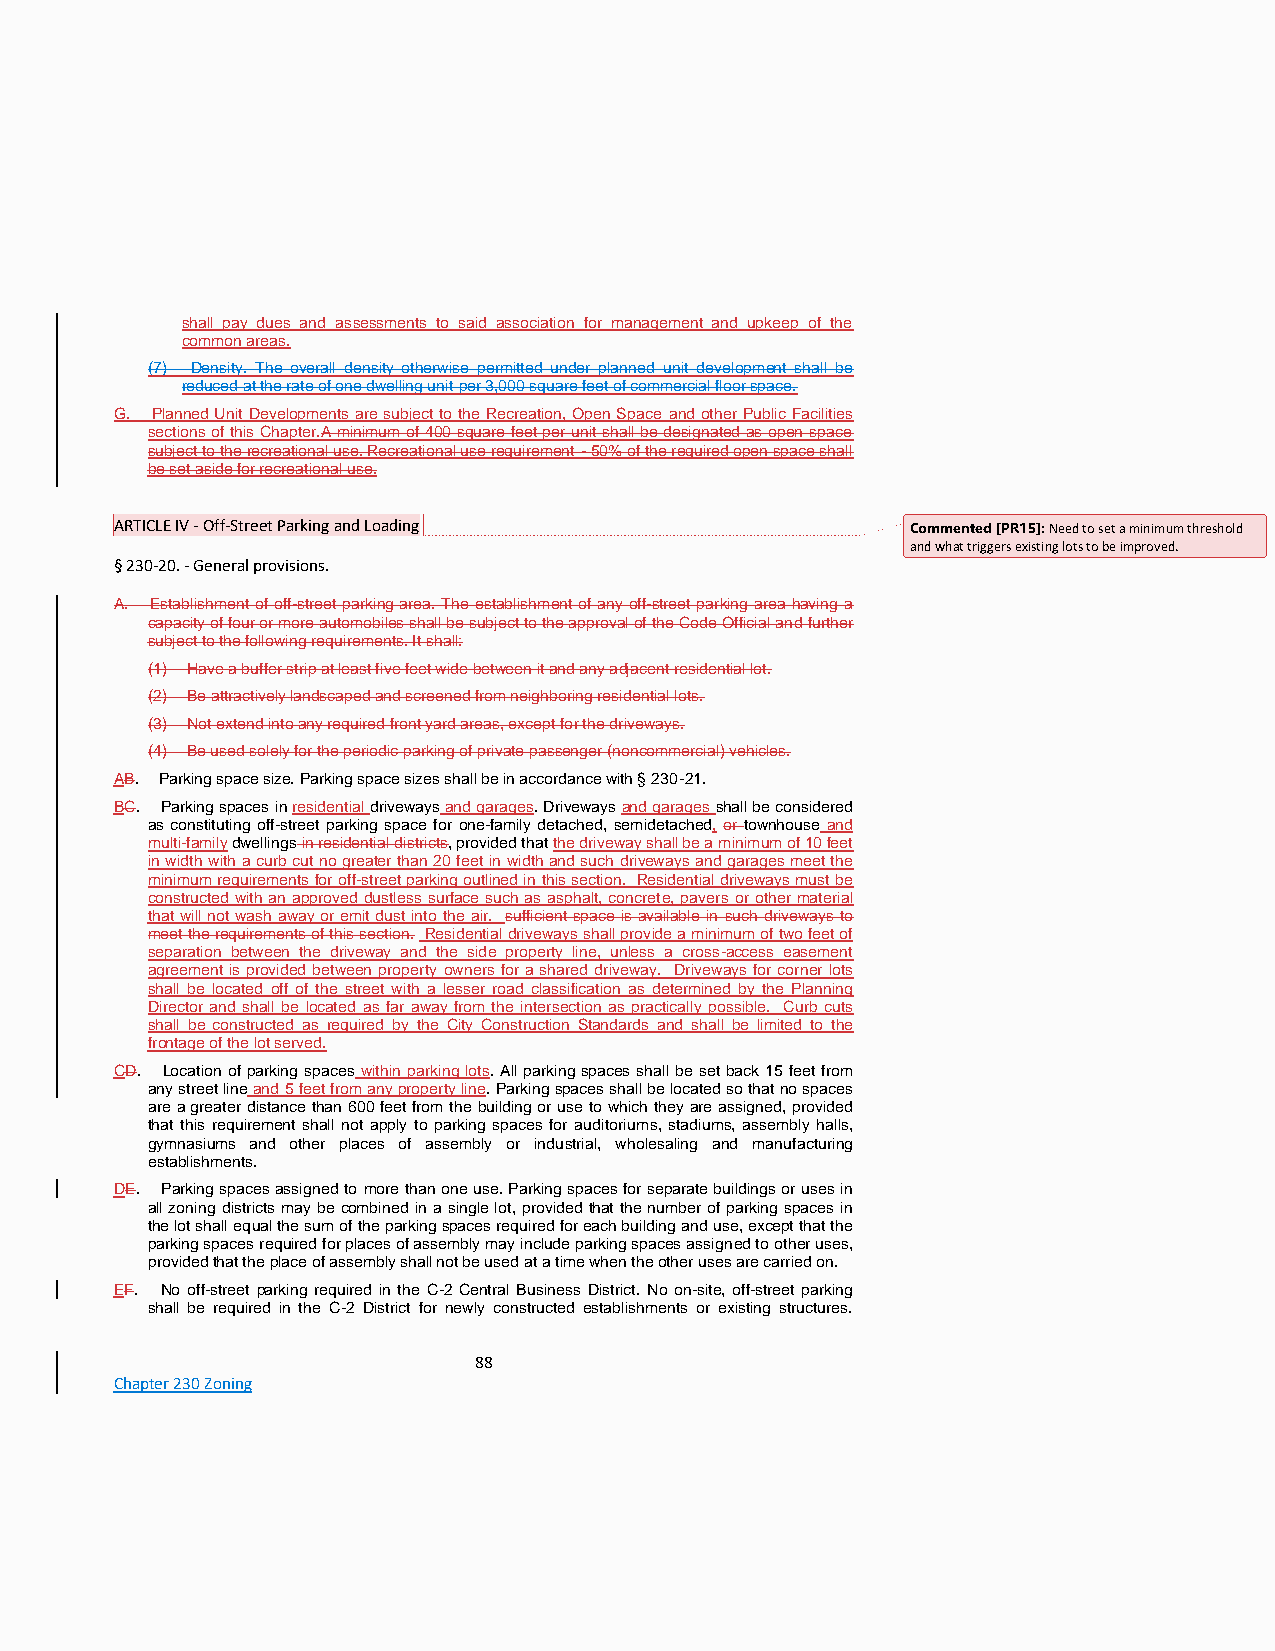
shall pay dues and assessments to said association for management and upkeep of the
 common areas.
 (7) Density. The overall density otherwise permitted under planned unit development shall be
 reduced at the rate of one dwelling unit per 3,000 square feet of commercial floor space.
 G. Planned Unit Developments are subject to the Recreation, Open Space and other Public Facilities
 sections of this Chapter.A minimum of 400 square feet per unit shall be designated as open space
 subject to the recreational use. Recreational use requirement - 50% of the required open space shall
 be set aside for recreational use.
 ARTICLE IV - Off-Street Parking and Loading         Commented [PR15]: Need to set a minimum threshold
 and what triggers existing lots to be improved.
 § 230-20. - General provisions.
 A. Establishment of off-street parking area. The establishment of any off-street parking area having a
 capacity of four or more automobiles shall be subject to the approval of the Code Official and further
 subject to the following requirements. It shall:
 (1) Have a buffer strip at least five feet wide between it and any adjacent residential lot.
 (2) Be attractively landscaped and screened from neighboring residential lots.
 (3) Not extend into any required front yard areas, except for the driveways.
 (4) Be used solely for the periodic parking of private passenger (noncommercial) vehicles.
 AB. Parking space size. Parking space sizes shall be in accordance with § 230-21.
 BC. Parking spaces in residential driveways and garages. Driveways and garages shall be considered
 as constituting off-street parking space for one-family detached, semidetached, or townhouse and
 multi-family dwellings in residential districts, provided that the driveway shall be a minimum of 10 feet
 in width with a curb cut no greater than 20 feet in width and such driveways and garages meet the
 minimum requirements for off-street parking outlined in this section. Residential driveways must be
 constructed with an approved dustless surface such as asphalt, concrete, pavers or other material
 that will not wash away or emit dust into the air. sufficient space is available in such driveways to
 meet the requirements of this section. Residential driveways shall provide a minimum of two feet of
 separation between the driveway and the side property line, unless a cross-access easement
 agreement is provided between property owners for a shared driveway. Driveways for corner lots
 shall be located off of the street with a lesser road classification as determined by the Planning
 Director and shall be located as far away from the intersection as practically possible. Curb cuts
 shall be constructed as required by the City Construction Standards and shall be limited to the
 frontage of the lot served.
 CD. Location of parking spaces within parking lots. All parking spaces shall be set back 15 feet from
 any street line and 5 feet from any property line. Parking spaces shall be located so that no spaces
 are a greater distance than 600 feet from the building or use to which they are assigned, provided
 that this requirement shall not apply to parking spaces for auditoriums, stadiums, assembly halls,
 gymnasiums and other places of assembly or industrial, wholesaling and manufacturing
 establishments.
 DE. Parking spaces assigned to more than one use. Parking spaces for separate buildings or uses in
 all zoning districts may be combined in a single lot, provided that the number of parking spaces in
 the lot shall equal the sum of the parking spaces required for each building and use, except that the
 parking spaces required for places of assembly may include parking spaces assigned to other uses,
 provided that the place of assembly shall not be used at a time when the other uses are carried on.
 EF. No off-street parking required in the C-2 Central Business District. No on-site, off-street parking
 shall be required in the C-2 District for newly constructed establishments or existing structures.
 88
 Chapter 230 Zoning